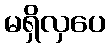
မရှိလှပေ